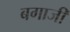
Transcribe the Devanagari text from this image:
बगाजी